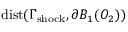
\mathrm { { d i s t } } ( \Gamma _ { \mathrm { { s h o c k } } } , \partial B _ { 1 } ( O _ { 2 } ) )